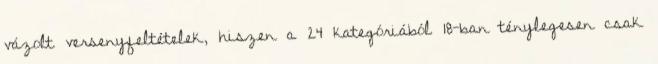
vázolt versenyfeltételek, hiszen a 24 kategóriából 18-ban ténylegesen csak